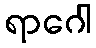
ရာဂေါ